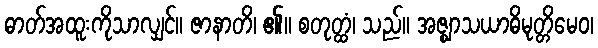
ဓာတ်အထူးကိုသာလျှင်။ ဇာနာတိ၊ ၏။ စတုတ္ထံ၊ သည်။ အဇ္ဈာသယာဓိမုတ္တိမေဝ၊